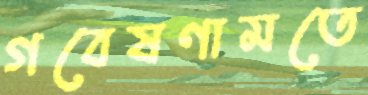
গবেষণামতে